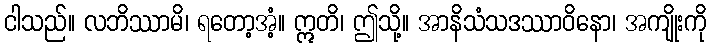
ငါသည်။ လဘိဿာမိ၊ ရတော့အံ့။ ဣတိ၊ ဤသို့။ အာနိသံသဒဿာဝိနော၊ အကျိုးကို